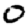
Digit: 0